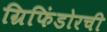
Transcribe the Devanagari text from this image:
ग्रिफिंडोरची